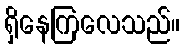
ရှိနေကြလေသည်။